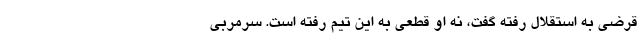
قرضی به استقلال رفته گفت، نه او قطعی به این تیم رفته است. سرمربی